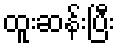
ထူးဆန်းပြီး